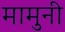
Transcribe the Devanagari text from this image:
मामुनी